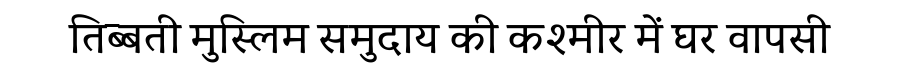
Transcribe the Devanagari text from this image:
तिब्बती मुस्लिम समुदाय की कश्मीर में घर वापसी